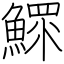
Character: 鰥